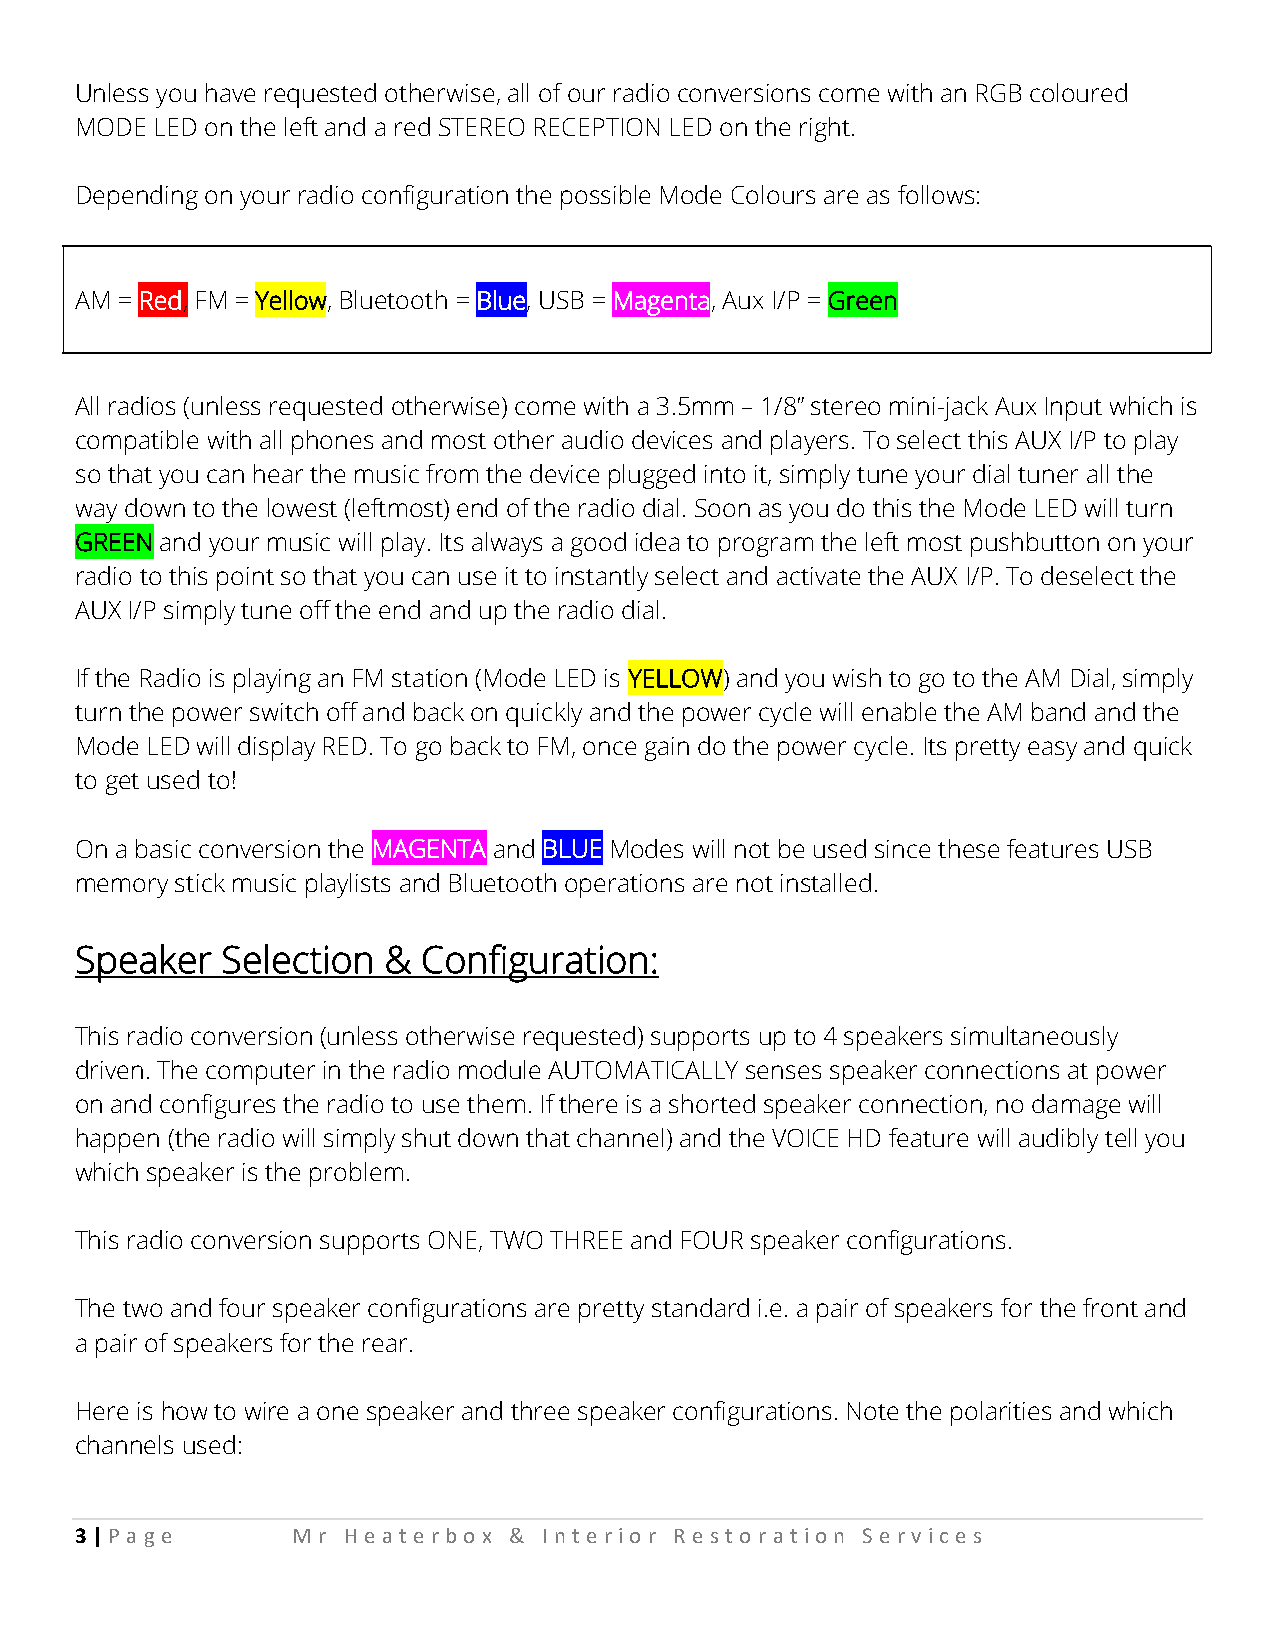
Unless you have requested otherwise, all of our radio conversions come with an RGB coloured
 MODE LED on the left and a red STEREO RECEPTION LED on the right.
 Depending on your radio configuration the possible Mode Colours are as follows:
 AM = Red, FM = Yellow, Bluetooth = Blue, USB = Magenta, Aux I/P = Green
 All radios (unless requested otherwise) come with a 3.5mm – 1/8” stereo mini-jack Aux Input which is
 compatible with all phones and most other audio devices and players. To select this AUX I/P to play
 so that you can hear the music from the device plugged into it, simply tune your dial tuner all the
 way down to the lowest (leftmost) end of the radio dial. Soon as you do this the Mode LED will turn
 GREEN and your music will play. Its always a good idea to program the left most pushbutton on your
 radio to this point so that you can use it to instantly select and activate the AUX I/P. To deselect the
 AUX I/P simply tune off the end and up the radio dial.
 If the Radio is playing an FM station (Mode LED is YELLOW) and you wish to go to the AM Dial, simply
 turn the power switch off and back on quickly and the power cycle will enable the AM band and the
 Mode LED will display RED. To go back to FM, once gain do the power cycle. Its pretty easy and quick
 to get used to!
 On a basic conversion the MAGENTA and BLUE Modes will not be used since these features USB
 memory stick music playlists and Bluetooth operations are not installed.
 Speaker   Selection &  Configuration:
 This radio conversion (unless otherwise requested) supports up to 4 speakers simultaneously
 driven. The computer in the radio module AUTOMATICALLY senses speaker connections at power
 on and configures the radio to use them. If there is a shorted speaker connection, no damage will
 happen (the radio will simply shut down that channel) and the VOICE HD feature will audibly tell you
 which speaker is the problem.
 This radio conversion supports ONE, TWO THREE and FOUR speaker configurations.
 The two and four speaker configurations are pretty standard i.e. a pair of speakers for the front and
 a pair of speakers for the rear.
 Here is how to wire a one speaker and three speaker configurations. Note the polarities and which
 channels used:
 3 | P a ge    Mr  He at e rbo x & Int e rio r Re st o rat io n Se rv ic e s